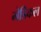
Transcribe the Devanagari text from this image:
मेडिकल